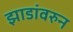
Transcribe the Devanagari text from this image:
झाडांवरुन